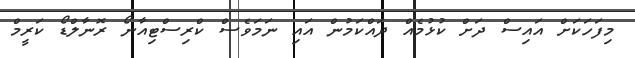
މިފަހަކަށް އައިސް ދަށް ކުޅުމެއް ދައްކަމުން އައި ނަމަވެސް ކްރިސްޓިއާނޯ ރޮނާލްޑޯ ކަރީމް